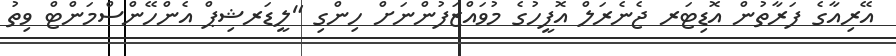
އޭރިއާގެ ފަރާތުން އޮޑިޓަރ ޖެނެރަލް އޮފީހުގެ މުވައްޒަފުންނަށް ހިންގި "ލީޑަރޝިޕް އެންހޭންސްމަންޓް ވިތު